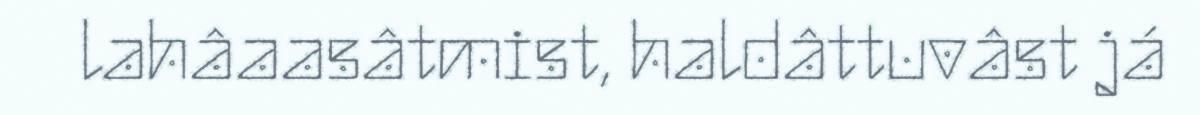
lahâaasâtmist, haldâttuvâst já